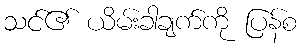
သင်၏ ယိမ်းခါချက်ကို ပြန်စ